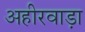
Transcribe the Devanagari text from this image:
अहीरवाड़ा